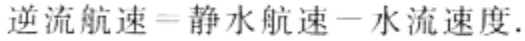
逆流航速 = 静水航速 - 水流速度.